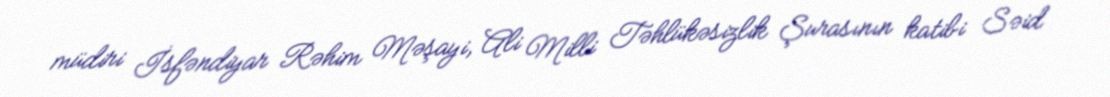
müdiri İsfəndiyar Rəhim Məşayi, Ali Milli Təhlükəsizlik Şurasının katibi Səid